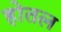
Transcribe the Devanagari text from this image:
होतल